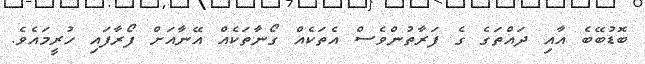
ބޮޑުބޭބެ އާއި ދައްތަގެ ގެ ފަރާތުންވެސް އެތަކެއް ގޯނާތަކެއް އޭނާއަށް ފޯރާފައި ހުރީމައެވެ.